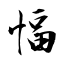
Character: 愊